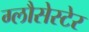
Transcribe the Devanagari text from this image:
ग्लौसेस्टेर